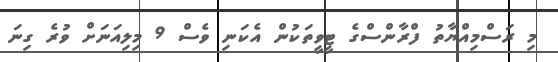
މި ރަސްމިއްޔާތު ފްރާންސްގެ ޓީވީތަކުން އެކަނި ވެސް 9 މިލިއަނަށް ވުރެ ގިނަ